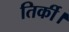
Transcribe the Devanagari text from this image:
तिर्की।